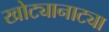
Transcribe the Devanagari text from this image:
खोट्यानाट्या